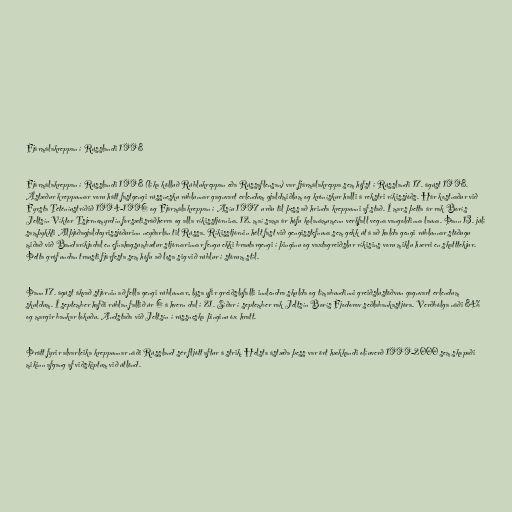
Fjármálakreppan í Rússlandi 1998

Fjármálakreppan í Rússlandi 1998 (líka kölluð Rúblukreppan eða Rússaflensan) var fjármálakreppa sem hófst í Rússlandi 17. ágúst 1998.
Ástæður kreppunnar voru hátt fastgengi rússnesku rúblunnar gagnvart erlendum gjaldmiðlum og krónískur halli á rekstri ríkissjóðs. Hár kostnaður við
Fyrsta Téténíustríðið 1994-1996 og Fjármálakreppan í Asíu 1997 urðu til þess að hrinda kreppunni af stað. Í mars þetta ár rak Borís
Jeltsín Víktor Tsjernomyrdín forsætisráðherra og alla ríkisstjórnina. 12. maí sama ár hófu kolanámumenn verkfall vegna vangoldinna launa. Þann 13. júlí
samþykkti Alþjóðagjaldeyrissjóðurinn neyðarlán til Rússa. Ríkisstjórnin hélt fast við gengisstefnuna sem gekk út á að halda gengi rúblunnar stöðugu
miðað við Bandaríkjadal en efnahagsumbætur stjórnarinnar fengu ekki brautargengi í þinginu og vaxtagreiðslur ríkisins voru miklu hærri en skatttekjur.
Þetta gróf undan trausti fjárfesta sem hófu að losa sig við rúblur í stórum stíl.

Þann 17. ágúst ákvað stjórnin að fella gengi rúblunnar, lýsa yfir greiðslufalli innlendra skulda og tímabundinni greiðslustöðvun gagnvart erlendum
skuldum. Í september hafði rúblan fallið úr 6 á hvern dal í 21. Síðar í september rak Jeltsín Borís Fjodorov seðlabankastjóra. Verðbólga náði 84%
og margir bankar lokuðu. Andstaða við Jeltsín í rússneska þinginu óx hratt.

Þrátt fyrir alvarleika kreppunnar náði Rússland sér fljótt aftur á strik. Helsta ástæða þess var ört hækkandi olíuverð 1999-2000 sem skapaði
mikinn afgang af viðskiptum við útlönd.